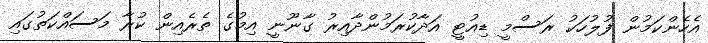
އެހެންކަމުން ފުލުހަކު ރަސްމީ ޑިއުޓީ އަދާކުރަމުންދާއިރު ގާނޫނީ އިމުގެ ތެރެއިން ކުރާ މަސައްކަތުގައި